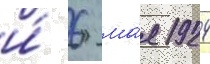
и́ 6 ма́я 1924